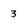
Character: 3